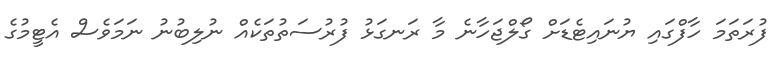
ފުރަތަމަ ހާފްގައި ޔުނައިޓެޑަށް ގޯލްޖަހާނެ މާ ރަނގަޅު ފުރުސަތުތަކެއް ނުލިބުނު ނަމަވެސް އެޓީމުގެ